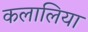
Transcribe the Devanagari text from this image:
कलालिया